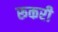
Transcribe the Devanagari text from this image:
रूकरी